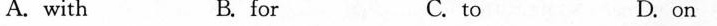
A.with B. for C. to D. on